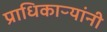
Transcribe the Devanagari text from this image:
प्राधिकाऱ्यांनी